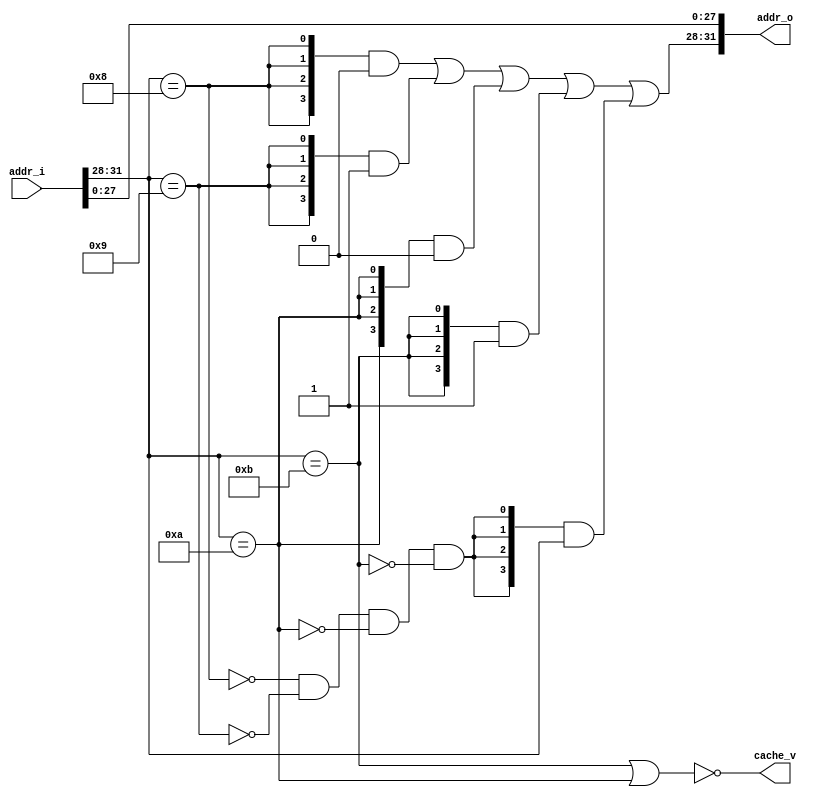
module mmu (
    input wire[31:0] addr_i,
    output wire [31:0] addr_o,
    output wire cache_v
);
    wire [3:0] addr_head_i,addr_head_o;
    assign addr_head_i = addr_i[31:28];
    wire kseg0_l,kseg0_h,kseg1_l,kseg1_h;
    assign kseg0_l = addr_head_i == 4'b1000;
    assign kseg0_h = addr_head_i == 4'b1001;
    assign kseg1_l = addr_head_i == 4'b1010;
    assign kseg1_h = addr_head_i == 4'b1011;
    wire other_seg;
    assign other_seg = ~kseg0_l & ~kseg0_h & ~kseg1_l & ~kseg1_h;
    assign addr_head_o = {4{kseg0_l}}&4'b0000 | {4{kseg0_h}}&4'b0001 | {4{kseg1_l}}&4'b0000 | {4{kseg1_h}}&4'b0001 | {4{other_seg}}&addr_head_i;
    assign addr_o = {addr_head_o, addr_i[27:0]};

    assign cache_v = ~(kseg1_h|kseg1_l);
endmodule